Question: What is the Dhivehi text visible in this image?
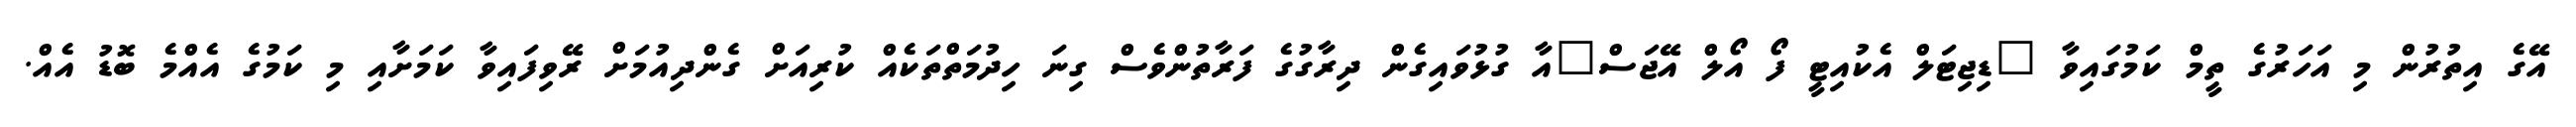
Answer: އޭގެ އިތުރުން މި އަހަރުގެ ތީމް ކަމުގައިވާ "ޑިޖިޓަލް އެކުއިޓީ ފޯ އޯލް އޭޖަސް"އާ ގުޅުވައިގެން ދިރާގުގެ ފަރާތުންވެސް ގިނަ ހިދުމަތްތަކެއް ކުރިއަށް ގެންދިއުމަށް ރޭވިފައިވާ ކަމަށާއި މި ކަމުގެ އެއްމެ ބޮޑު އެއް.